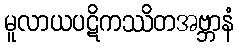
မူလာယပဋိကဿိတအဗ္ဘာနံ